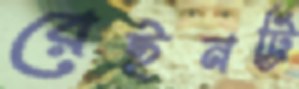
রেইনট্রি